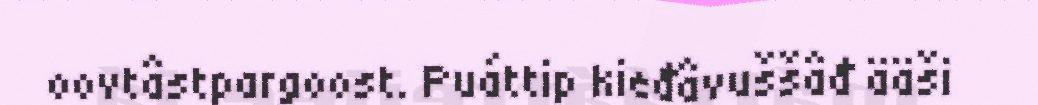
oovtâstpargoost. Puáttip kieđâvuššâđ ääši